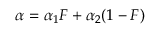
\alpha = \alpha _ { 1 } F + \alpha _ { 2 } ( 1 - F )